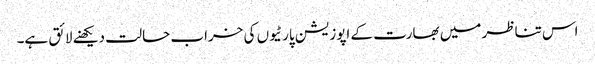
اس تناظر میں بھارت کے اپوزیشن پارٹیوں کی خراب حالت دیکھنے لائق ہے۔